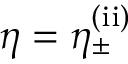
\eta = \eta _ { \pm } ^ { \mathrm { ( i i ) } }